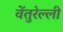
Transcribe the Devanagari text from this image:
वेंतुरेल्ली